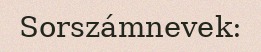
Sorszámnevek: